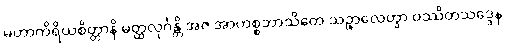
မဟာကိရိယစိတ္တာနိ မတ္ထလုင်္ဂန္တိ အဇ အာဟစ္စဘာသိတေ သဉ္စာလေတွာ ဝဿိတသဒ္ဒေန